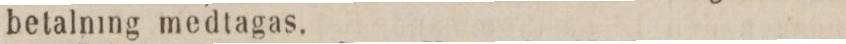
betalning medtagas.